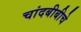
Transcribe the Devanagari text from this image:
चांदबीबीचे